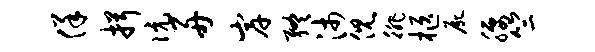
佯揖伉舟岸终沛倪徘柩尸腰竺